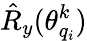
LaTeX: \hat{R}_{y}(\theta_{q_{i}}^{k})